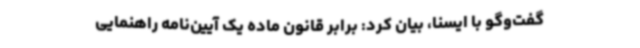
گفت‌وگو با ایسنا، بیان کرد: برابر قانون ماده یک آیین‌نامه راهنمایی